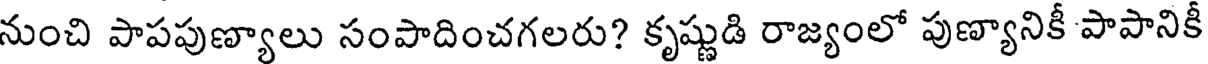
నుంచి పాపపుణ్యాలు సంపాదించగలరు? కృష్ణుడి రాజ్యంలో పుణ్యానికీ పాపానికీ